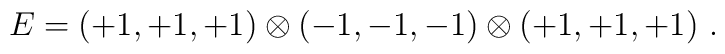
E=(+1, +1, +1)  \otimes (-1, -1, -1) \otimes (+1, +1, +1)~.~\,